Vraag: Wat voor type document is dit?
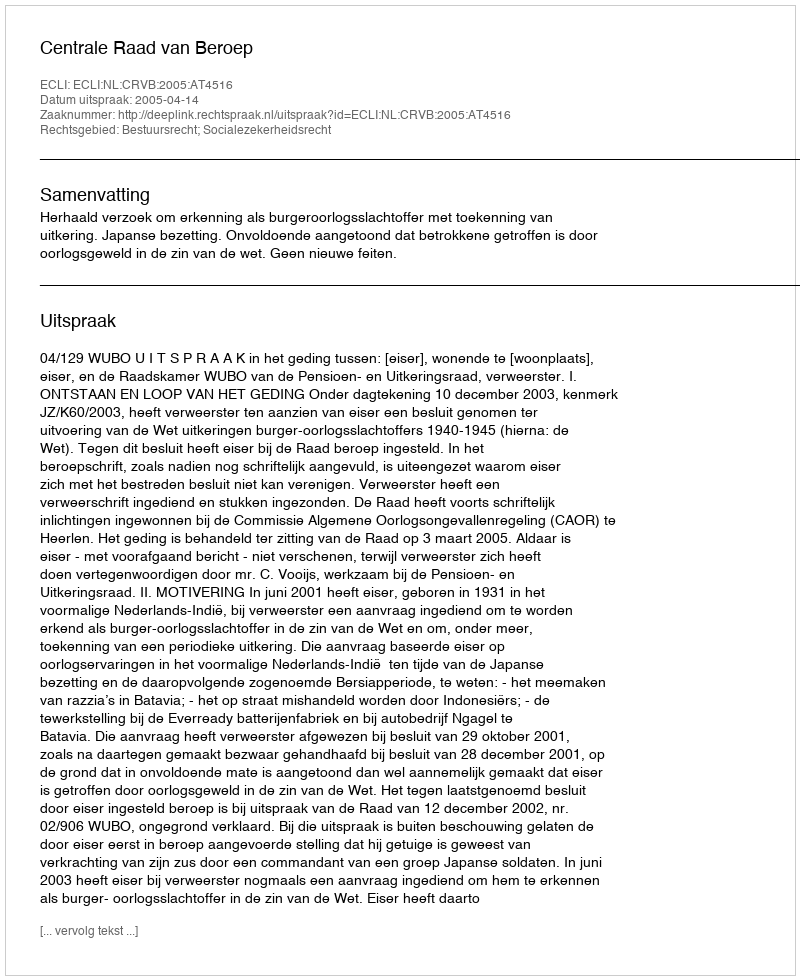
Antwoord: Uitspraak